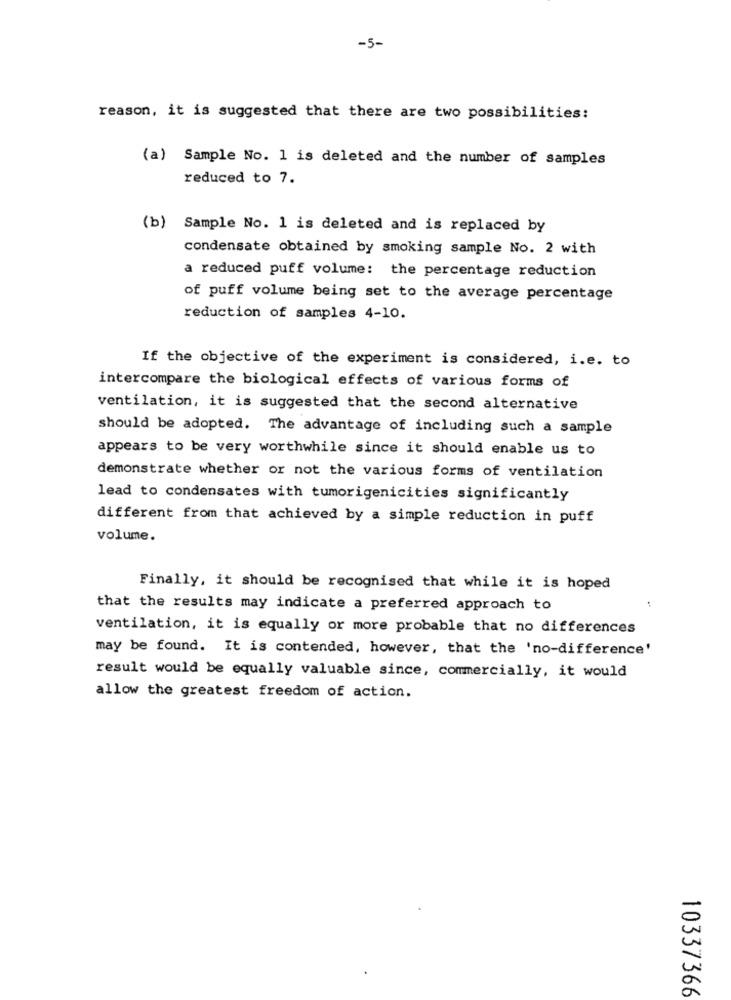
-5-
reason, it is suggested that there are two possibilities:
(a) Sample No. 1 is deleted and the number of samples
reduced to 7.
(b) Sample No. 1 is deleted and is replaced by
condensate obtained by smoking sample No. 2 with
a reduced puff volume: the percentage reduction
of puff volume being set to the average percentage
reduction of samples 4-10.
If the objective of the experiment is considered, i.e. to
intercompare the biological effects of various forms of
ventilation, it is suggested that the second alternative
should be adopted. The advantage of including such a sample
appears to be very worthwhile since it should enable us to
demonstrate whether or not the various forms of ventilation
lead to condensates with tumorigenicities significantly
different from that achieved by a simple reduction in puff
volume.
Finally, it should be recognised that while it is hoped
that the results may indicate a preferred approach to
ventilation, it is equally or more probable that no differences
may be found. It is contended, however, that the 'no-difference'
result would be equally valuable since, commercially, it would
allow the greatest freedom of action.
10337366